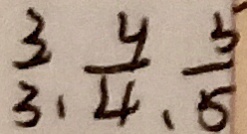
\frac { 3 } { 3 } , \frac { 4 } { 4 } , \frac { 5 } { 5 }